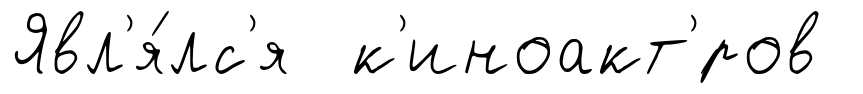
Явл'я́лс'я к'иноакт'́ров